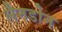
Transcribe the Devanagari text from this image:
लैनडोन